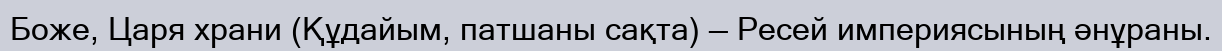
Боже, Царя храни (Құдайым, патшаны сақта) — Ресей империясының әнұраны.